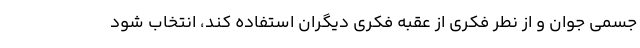
جسمی جوان و از نطر فکری از عقبه فکری دیگران استفاده کند، انتخاب شود